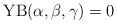
\begin{align*} \mathrm{YB}(\alpha, \beta, \gamma) = 0\end{align*}